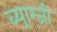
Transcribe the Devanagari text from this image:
ब्य्राम्जी